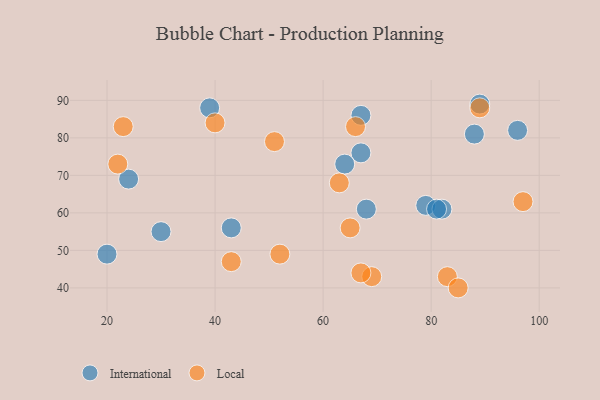
{"axis": {"x": "GDP", "y": "Life Expectancy"}, "legend": ["International", "Local"], "data": [{"x": "68", "y": 61, "type": "International"}, {"x": "79", "y": 62, "type": "International"}, {"x": "67", "y": 86, "type": "International"}, {"x": "89", "y": 89, "type": "International"}, {"x": "43", "y": 56, "type": "International"}, {"x": "82", "y": 61, "type": "International"}, {"x": "24", "y": 69, "type": "International"}, {"x": "39", "y": 88, "type": "International"}, {"x": "67", "y": 76, "type": "International"}, {"x": "88", "y": 81, "type": "International"}, {"x": "81", "y": 61, "type": "International"}, {"x": "64", "y": 73, "type": "International"}, {"x": "20", "y": 49, "type": "International"}, {"x": "96", "y": 82, "type": "International"}, {"x": "30", "y": 55, "type": "International"}, {"x": "23", "y": 83, "type": "Local"}, {"x": "97", "y": 63, "type": "Local"}, {"x": "52", "y": 49, "type": "Local"}, {"x": "43", "y": 47, "type": "Local"}, {"x": "69", "y": 43, "type": "Local"}, {"x": "63", "y": 68, "type": "Local"}, {"x": "22", "y": 73, "type": "Local"}, {"x": "89", "y": 88, "type": "Local"}, {"x": "83", "y": 43, "type": "Local"}, {"x": "67", "y": 44, "type": "Local"}, {"x": "65", "y": 56, "type": "Local"}, {"x": "66", "y": 83, "type": "Local"}, {"x": "51", "y": 79, "type": "Local"}, {"x": "85", "y": 40, "type": "Local"}, {"x": "40", "y": 84, "type": "Local"}]}